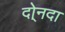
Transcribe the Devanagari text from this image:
दो्नदा